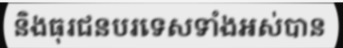
និងធុរជនបរទេសទាំងអស់បាន